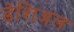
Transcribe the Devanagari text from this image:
डेशिअल